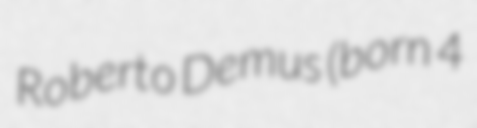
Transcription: Roberto Demus (born 4